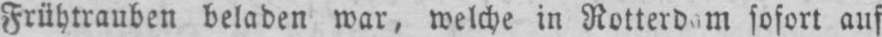
sofort auf